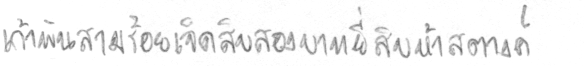
เก้าพันสามร้อยเจ็ดสิบสองบาทยี่สิบห้าสตางค์